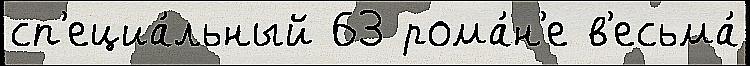
сп'ециа́льный 63 рома́н'е в'есьма́